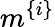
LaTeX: m^{\{ i\} }